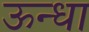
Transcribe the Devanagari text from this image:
ऊन्धा